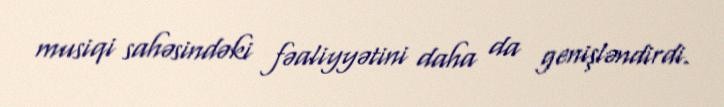
musiqi sahəsindəki fəaliyyətini daha da genişləndirdi.